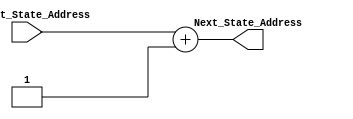
module Address_Incrementer (
							output reg [8:0] Next_State_Address,
							input [8:0] Current_State_Address
							);
	always @ (Current_State_Address)
		begin
		Next_State_Address = Current_State_Address + 1;
		end
endmodule